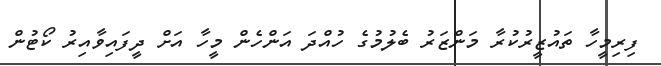
ފިރިމީހާ ތައުޒީރުކުރާ މަންޒަރު ބެލުމުގެ ހުއްދަ އަންހެން މީހާ އަށް ދީފައިވާއިރު ކޯޓުން